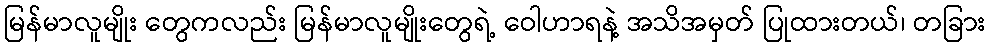
မြန်မာလူမျိုး တွေကလည်း မြန်မာလူမျိုးတွေရဲ့ ဝေါဟာရနဲ့ အသိအမှတ် ပြုထားတယ်၊ တခြား